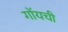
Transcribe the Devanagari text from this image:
गोंयची